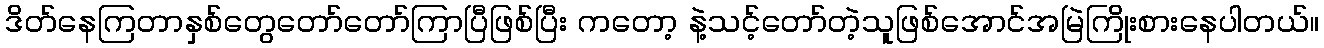
ဒိတ်နေကြတာနှစ်တွေတော်တော်ကြာပြီဖြစ်ပြီး ကတော့ နဲ့သင့်တော်တဲ့သူဖြစ်အောင်အမြဲကြိုးစားနေပါတယ်။